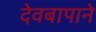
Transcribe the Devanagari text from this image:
देवबापाने